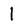
Character: 1